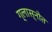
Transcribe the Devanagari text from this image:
ग्लास्नोत